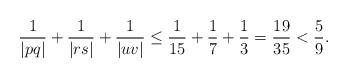
LaTeX: \begin{align*}\frac{1}{|pq|}+ \frac{1}{|rs|}+\frac{1}{|uv|} &\leq \frac{1}{15}+ \frac{1}{7}+\frac{1}{3} = \frac{19}{35} < \frac{5}{9}.\end{align*}